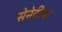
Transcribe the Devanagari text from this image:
सेनेटीचा